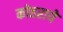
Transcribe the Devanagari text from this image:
कोहराये